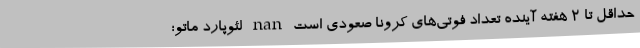
حداقل تا ۲ هفته آینده تعداد فوتی‌های کرونا صعودی است nan لئوپارد ماتو؛